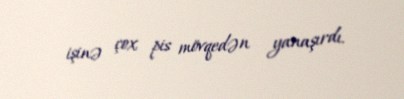
işinə çox pis mövqedən yanaşırdı.